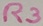
Text: R3